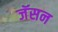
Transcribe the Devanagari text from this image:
जॅसन